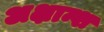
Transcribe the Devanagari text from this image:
अक्षान्श